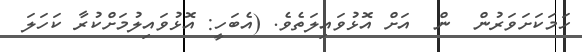
ހަމަކަށަވަރުން  ން  އަށް އޮޅުވައިލަތެވެ. (އެބަހީ: އޮޅުވައިލުމަށްކުރާ ކަހަލަ